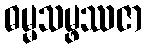
ဓမ္မသမ္ဖဿဇာ